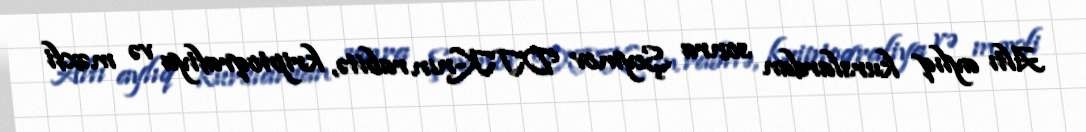
Altı aylıq kurslardan sonra Şeymov DTK-nın rabitə, kriptoqrafiya və məxfi